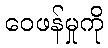
ဝေဖန်မှုကို